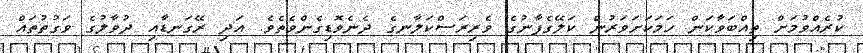
ކުރެއްވުމަށް ތިއްބަވާކަން ހަމަކަށަވަރުން ކަލޭގެފާނުގެ ވެރިރަސްކަލާނގެ ދެނެވޮޑިގެންވެތެވެ. އަދި ރޭގަނޑާއި ދުވާލުގެ ވަގުތުތައް